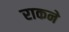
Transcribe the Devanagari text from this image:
राकने